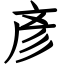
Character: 彥